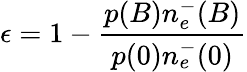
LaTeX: \epsilon=1-\frac{p(B)n_{e}^{-}(B)}{p(0)n_{e}^{-}(0)}